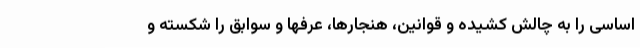
اساسی را به چالش کشیده و قوانین، هنجارها، عرفها و سوابق را شکسته و